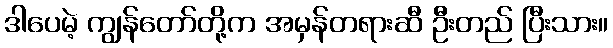
ဒါပေမဲ့ ကျွန်တော်တို့က အမှန်တရားဆီ ဦးတည် ပြီးသား။